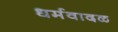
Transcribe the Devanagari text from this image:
धर्मवादळ